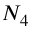
N _ { 4 }